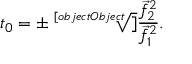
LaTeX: t _ { 0 } = \pm { \sqrt [ [object Object] ] { \frac { { \vec { f } } _ { 2 } ^ { 2 } } { { \vec { f } } _ { 1 } ^ { 2 } } } } .